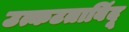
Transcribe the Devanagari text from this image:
उत्कटताबिंदू